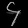
Digit: ၄